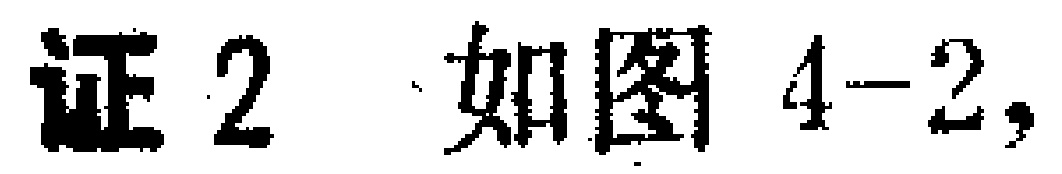
证2 如图4-2,